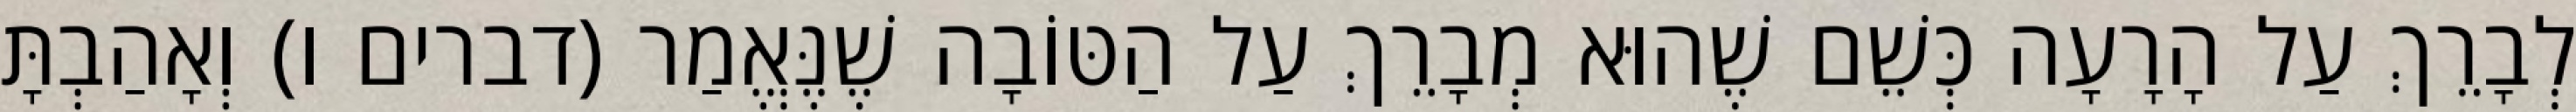
לְבָרֵךְ עַל הָרָעָה כְּשֵׁם שֶׁהוּא מְבָרֵךְ עַל הַטּוֹבָה שֶׁנֶּאֱמַר (דברים ו) וְאָהַבְתָּ